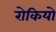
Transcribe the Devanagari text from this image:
रोकियो